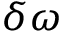
\delta \omega